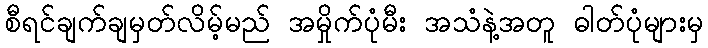
စီရင်ချက်ချမှတ်လိမ့်မည် အမှိုက်ပုံမီး အသံနဲ့အတူ ဓါတ်ပုံများမှ